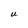
Character: U